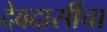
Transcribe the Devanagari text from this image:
देवदासींचा